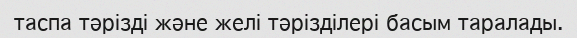
таспа тәрізді және желі тәрізділері басым таралады.